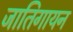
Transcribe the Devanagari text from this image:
जातिगायन